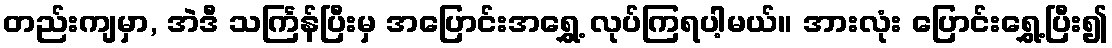
တည်းကျမှာ, အဲဒီ သင်္ကြန်ပြီးမှ အပြောင်းအရွှေ့ လုပ်ကြရပါ့မယ်။ အားလုံး ပြောင်းရွှေ့ပြီး၍